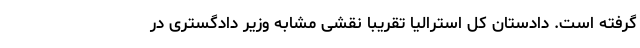
گرفته است. دادستان کل استرالیا تقریبا نقشی مشابه وزیر دادگستری در